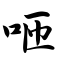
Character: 咂